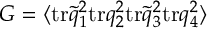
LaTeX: G = \langle \mathrm { t r } \widetilde q _ { 1 } ^ { 2 } \mathrm { t r } q _ { 2 } ^ { 2 } \mathrm { t r } \widetilde q _ { 3 } ^ { 2 } \mathrm { t r } q _ { 4 } ^ { 2 } \rangle